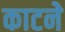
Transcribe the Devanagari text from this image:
काटनेे